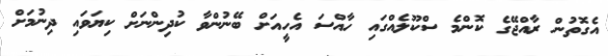
އެގޮތުން ރާއްޖޭގެ ކޮންމެ ސްކޫލެއްގައި ހާއްސަ އެހީއަށް ބޭނުންވާ ކުދިންނަށް ކިޔަވައި ދިނުމަށް